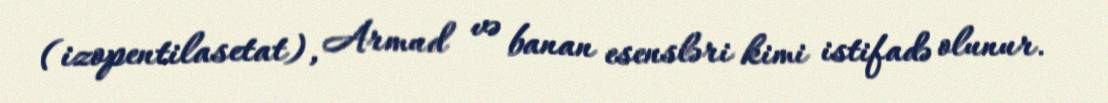
(izopentilasetat), Armud və banan esensləri kimi istifadə olunur.